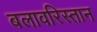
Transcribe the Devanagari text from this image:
बलावरिस्तान